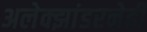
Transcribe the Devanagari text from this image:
अलेक्झांडरनेही